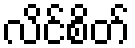
လိင်စိတ်